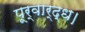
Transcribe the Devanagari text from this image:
पूर्वार्द्ध।